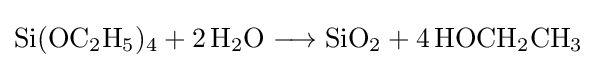
{\mathrm {Si} (\mathrm {OC} {\vphantom {A}}_{\smash[{t}]{2}}\mathrm {H} {\vphantom {A}}_{\smash[{t}]{5}}){\vphantom {A}}_{\smash[{t}]{4}}{}+{}2\,\mathrm {H} {\vphantom {A}}_{\smash[{t}]{2}}\mathrm {O} {}\mathrel {\longrightarrow } {}\mathrm {SiO} {\vphantom {A}}_{\smash[{t}]{2}}{}+{}4\,\mathrm {HOCH} {\vphantom {A}}_{\smash[{t}]{2}}\mathrm {CH} {\vphantom {A}}_{\smash[{t}]{3}}}